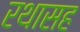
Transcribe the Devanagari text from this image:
रथासह